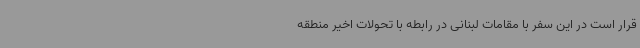
قرار است در این سفر با مقامات لبنانی در رابطه با تحولات اخیر منطقه